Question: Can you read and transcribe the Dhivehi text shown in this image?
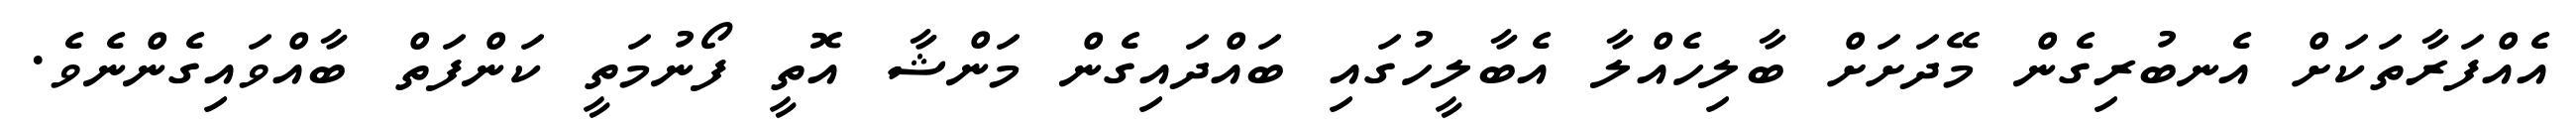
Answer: އެއްފަރާތަކަށް އެނބުރިގެން މޭދަށަށް ބާލިހެއްލާ އެބާލީހުގައި ބައްދައިގެން މަންޝާ އޮތީ ފޯނުމަތީ ކަންފަތް ބާއްވައިގެންނެވެ.